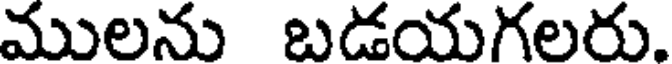
ములను బడయగలరు.